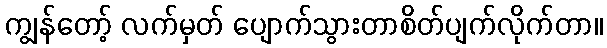
ကျွန်တော့် လက်မှတ် ပျောက်သွားတာစိတ်ပျက်လိုက်တာ။